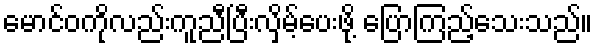
မောင်ဝကိုလည်းကူညီပြီးလှိမ့်ပေးဖို့ ပြောကြည့်သေးသည်။